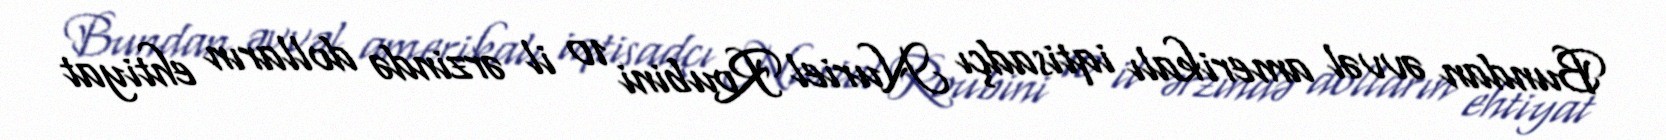
Bundan əvvəl amerikalı iqtisadçı Nuriel Roubini 10 il ərzində dolların ehtiyat